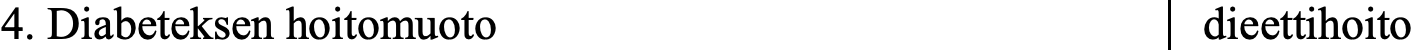
4. Diabeteksen hoitomuoto              dieettihoito